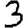
Digit: 3